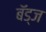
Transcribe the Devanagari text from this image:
बॅड्ज